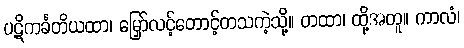
ပဋိကင်္ခတိယထာ၊ မြှော်လင့်တောင့်တသကဲ့သို့။ တထာ၊ ထို့အတူ။ ကာလံ၊